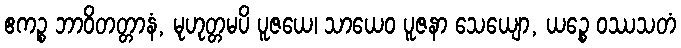
ဧကဉ္စ ဘာဝိတတ္တာနံ, မုဟုတ္တမပိ ပူဇယေ၊ သာယေဝ ပူဇနာ သေယျော, ယဉ္စေ ဝဿသတံ